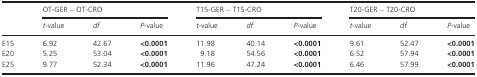
| <ROWSPAN=2>  | <COLSPAN=3> OT‐GER – OT‐CRO | <COLSPAN=3> T15‐GER – T15‐CRO | <COLSPAN=3> T20‐GER – T20‐CRO |
 | t‐value | df | P‐value | t‐value | df | P‐value | t‐value | df | P‐value |
 | --- | --- | --- | --- | --- | --- | --- | --- | --- | --- |
 | E15 | 6.92 | 42.67 | <0.0001 | 11.98 | 40.14 | <0.0001 | 9.61 | 52.47 | <0.0001 |
 | E20 | 5.25 | 53.04 | <0.0001 | 9.18 | 54.56 | <0.0001 | 6.52 | 57.94 | <0.0001 |
 | E25 | 9.77 | 52.34 | <0.0001 | 11.96 | 47.24 | <0.0001 | 6.46 | 57.99 | <0.0001 |